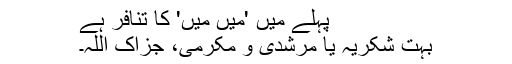
پہلے میں 'میں میں' کا تنافر ہے
بہت شکریہ یا مرشدی و مکرمی، جزاک اللہ۔